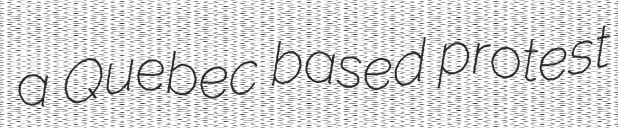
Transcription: a Quebec based protest